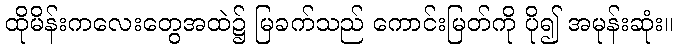
ထိုမိန်းကလေးတွေအထဲ၌ မြခက်သည် ကောင်းမြတ်ကို ပို၍ အမုန်းဆုံး။